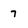
Character: 7